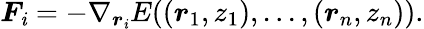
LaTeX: \boldsymbol{F}_{\mathit{i}}=-\nabla_{\boldsymbol{r}_{\mathit{i}}}E((\boldsymbol{r}_{1},z_{1}),...,(\boldsymbol{r}_{n},z_{n})).